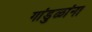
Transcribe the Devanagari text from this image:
गांडुळांना